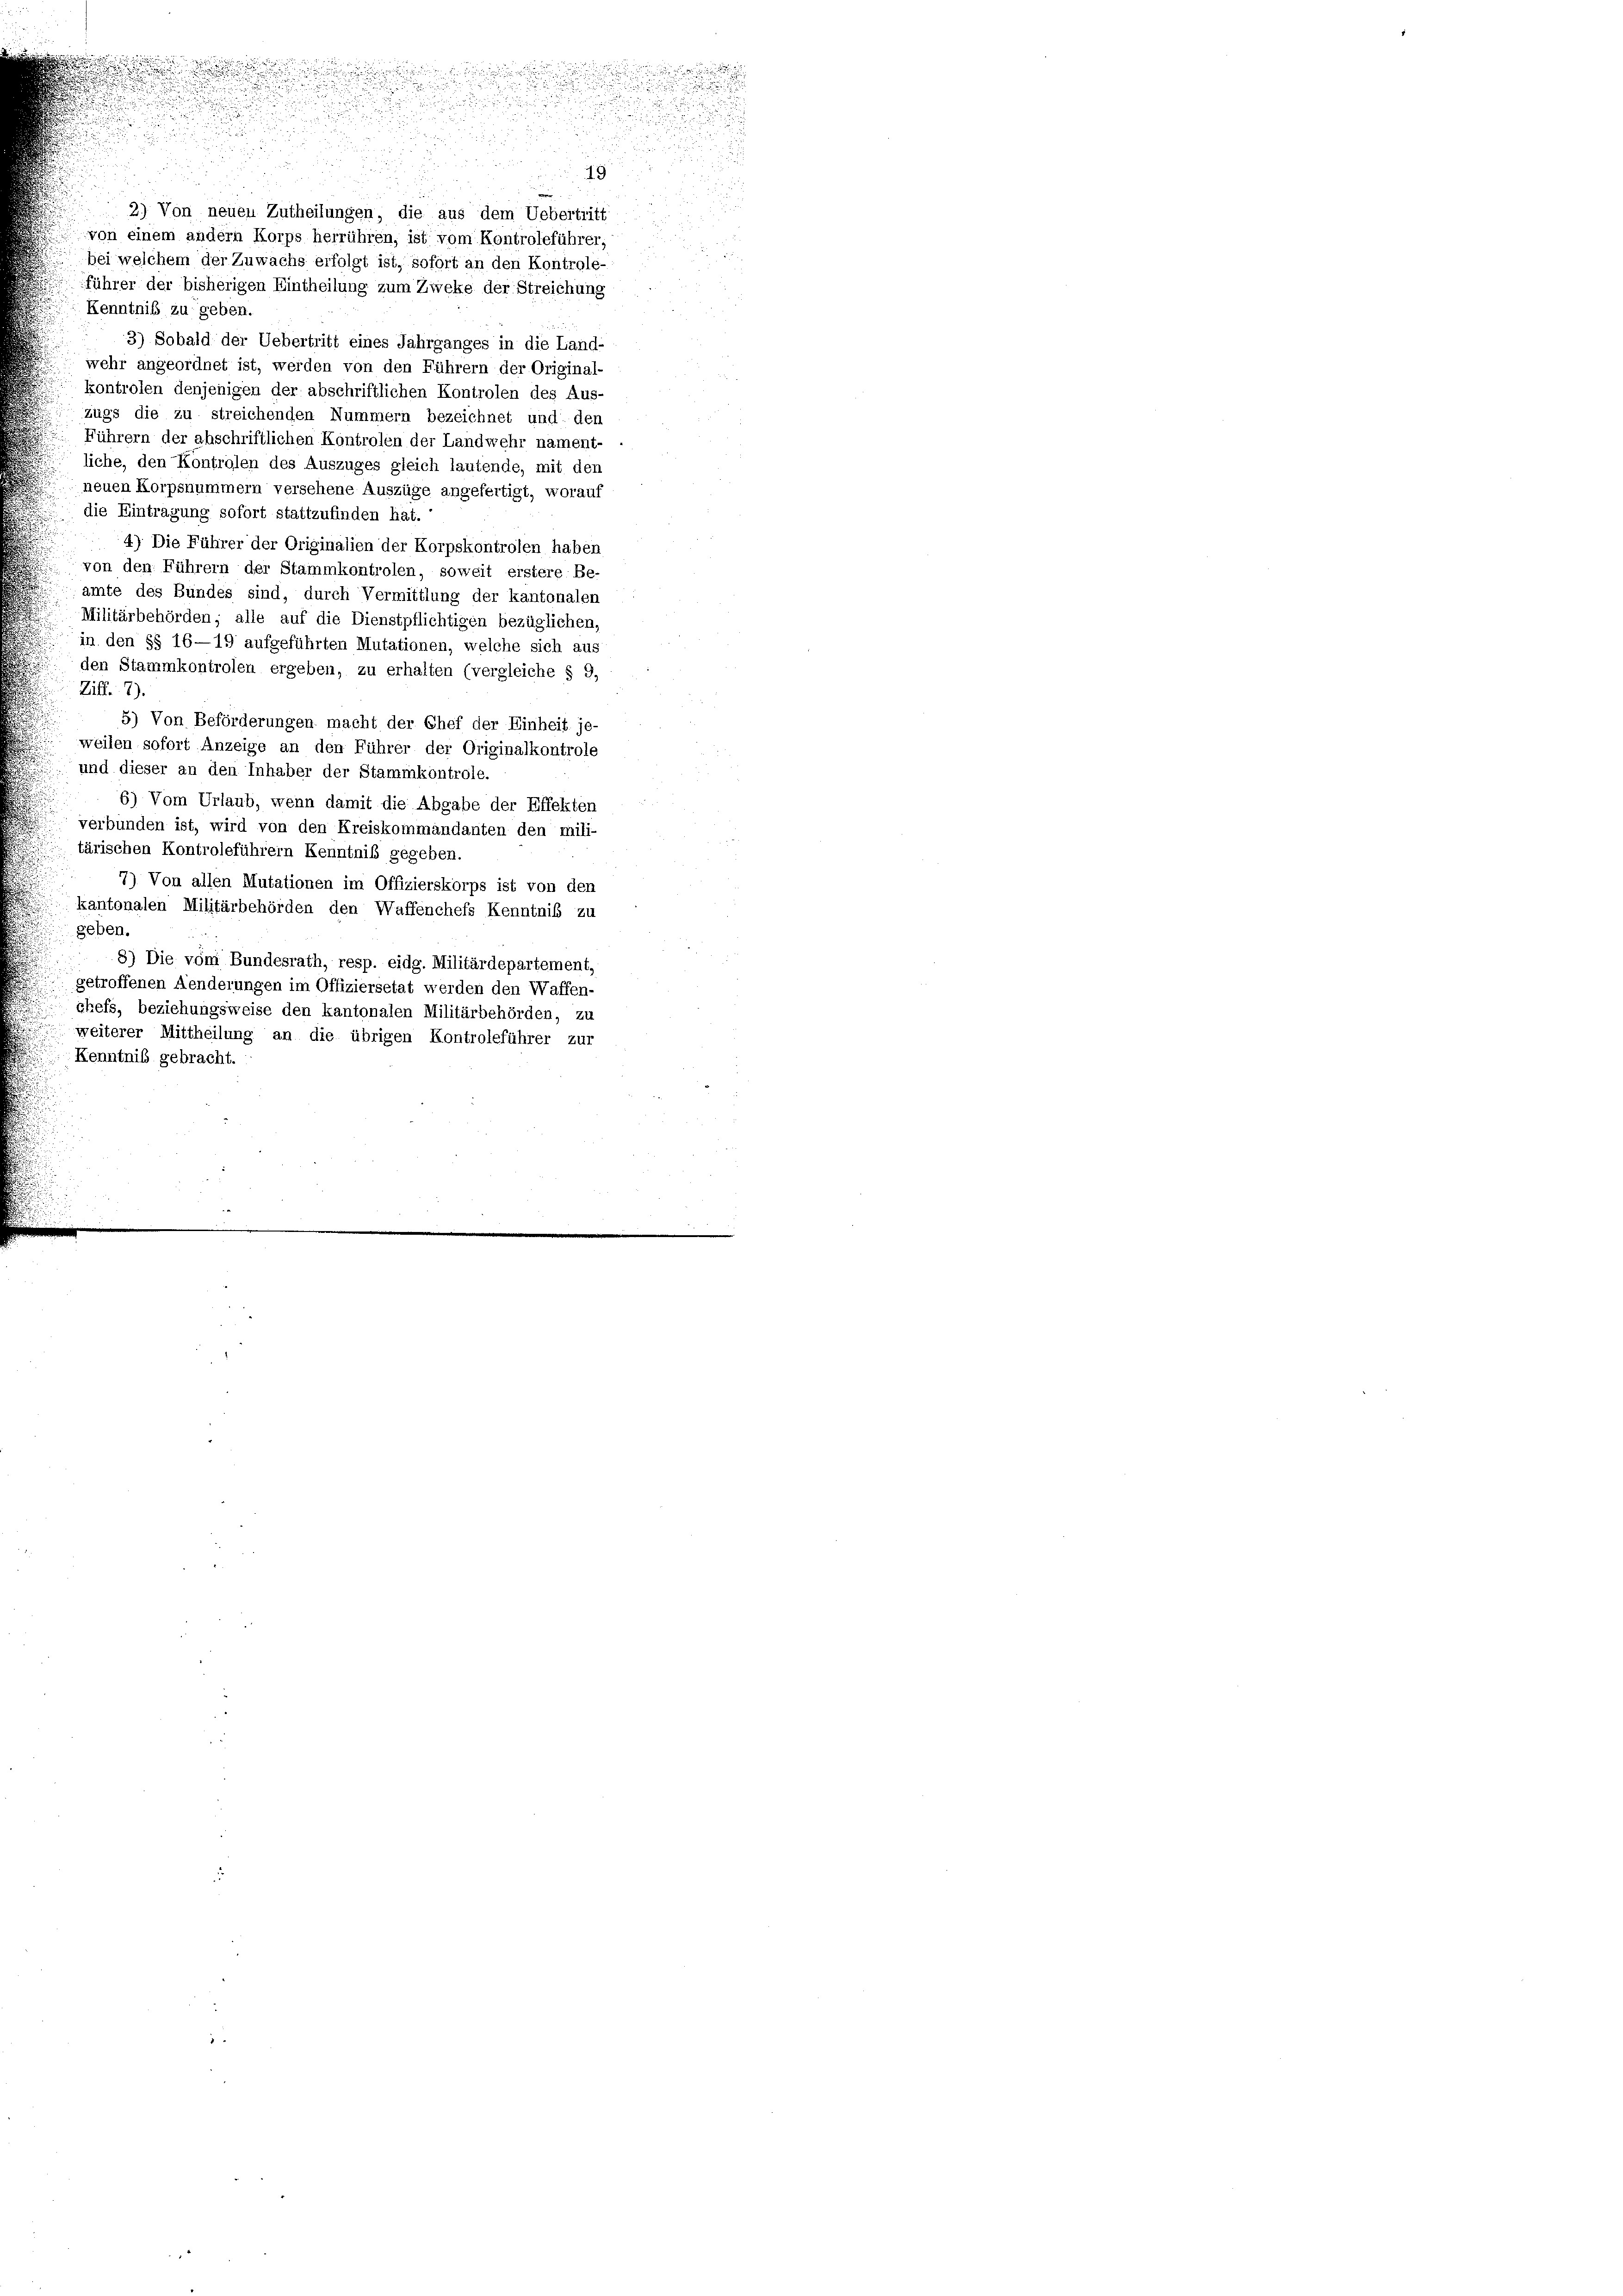
19
e
2) Von neuen Zutheilungen, die aus dem Uebertritt
von einem andern Korps herrühren, ist vom Kontroleführer,
bei welchem der Zuwachs erfolgt ist, sofort an den Kontrole-
führer der bisherigen Eintheilung zum Zweke der Streichung
Kenntniß zu geben.
3) Sobald der Uebertritt eines Jahrganges in die Land-
wehr angeordnet ist, werden von den Führern der Original-
kontrolen denjenigen der abschriftlichen Kontrolen des Aus-
zugs die zu streichenden Nummern bezeichnet und den
Führern der abschriftlichen Kontrolen der Landwehr nament-
liche, den Kontrolen des Auszuges gleich lautende, mit den
neuen Korpsnummern versehene Auszüge angefertigt, worauf
die Eintragung sofort stattzufinden hat.
4) Die Führer der Originalien der Korpskontrolen haben
von den Führern der Stammkontrolen, soweit erstere Be-
amte des Bundes sind, durch Vermittlung der kantonalen
Militärbehörden; alle auf die Dienstpflichtigen bezüglichen.
in den §§ 16—19 aufgeführten Mutationen, welche sich aus
den Stammkontrolen ergeben, zu erhalten (vergleiche § 9,
Ziff. 2).
5) Von Beförderungen macht der Chef der Einheit je-
weilen sofort Anzeige an den Führer der Originalkontrole
und dieser an den Inhaber der Stammkontrole.
6) Vom Urlaub, wenn damit die Abgabe der Effekten
verbunden ist, wird von den Kreiskommandanten den mili-
tärischen Kontroleführern Kenntniß gegeben.
7) Von allen Mutationen im Offizierskorps ist von den
kantonalen Militärbehörden den Waffenchefs Kenntnis zu
geben.
8) Die von Bundesrath, resp. eidg. Militärdepartement,
getroffenen Aenderungen im Offiziersetat werden den Waffen-
 chefs, beziehungsweise den kantonalen Militärbehörden, zu
weiterer Mittheilung an die übrigen Kontroleführer zur
Kenntniß gebracht.

.

.
s

n
.